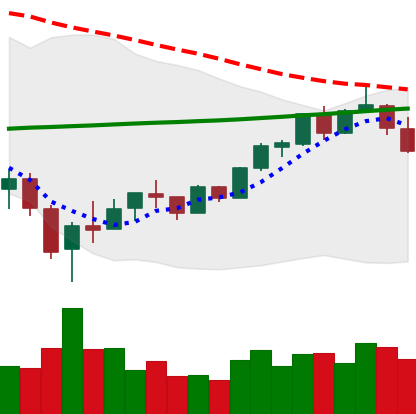
Ticker: BTC-USD
Chart end date: 2018-02-22
Forward return: 7.202%
Label: up_7plus